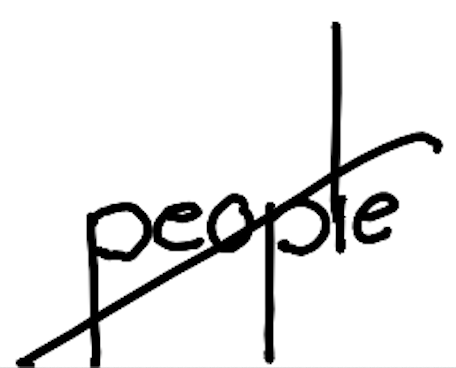
Text: people
Cross-out: mix
Writing tool: digital_black